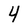
Character: 4